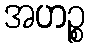
အဟဉ္စ